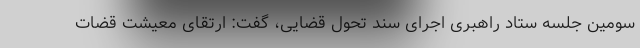
سومین جلسه ستاد راهبری اجرای سند تحول قضایی، گفت: ارتقای معیشت قضات